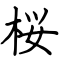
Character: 桜